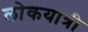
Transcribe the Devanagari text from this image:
लोकयात्री